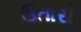
ઉતારી